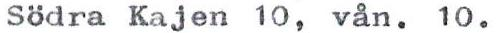
Södra Kajen 10, vån. 10.